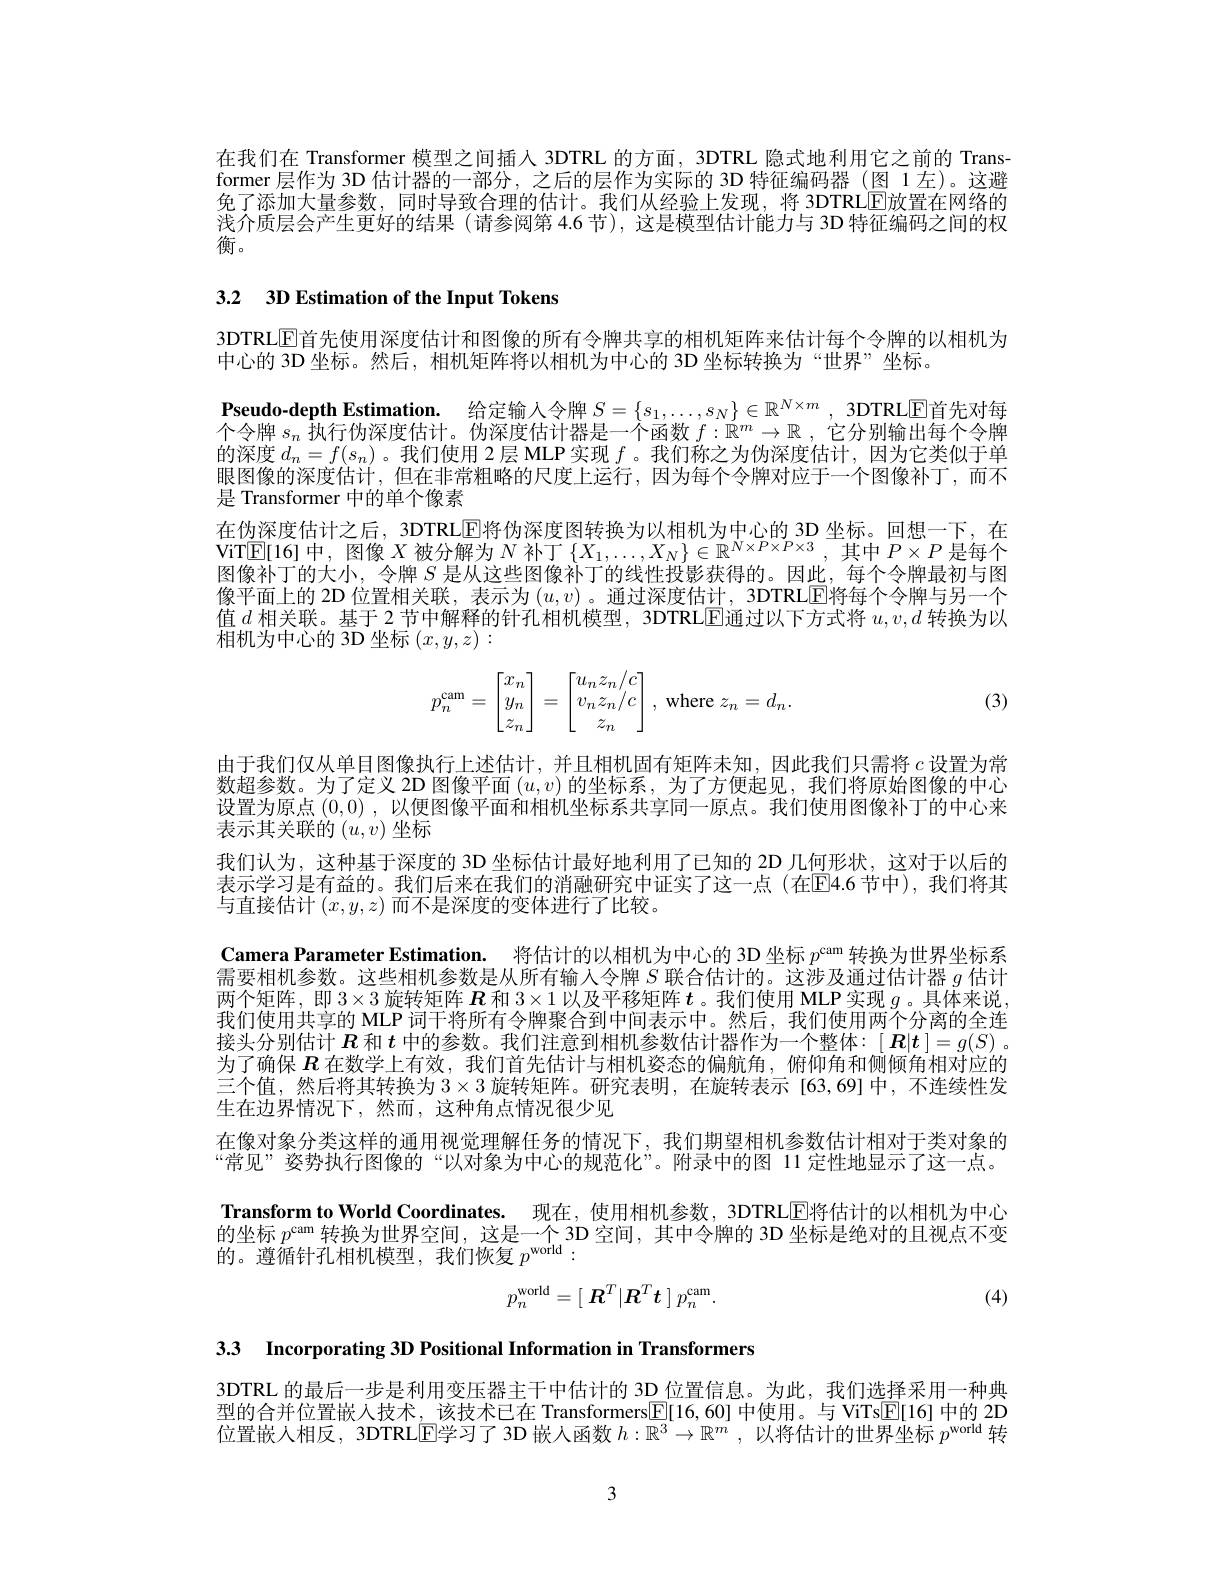
在我们在 Transformer 模型之间插人 3DTRL 的方面，3DTRL 隐式地利用它之前的 Transformer 层作为 3D 估计器的一部分，之后的层作为实际的 3D 特征编码器 (图 1 左)。这避免了添加大量参数，同时导致合理的估计。我们从经验上发现，将 3DTRL$\operatorname{E}$放置在网络的浅介质层会产生更好的结果 (请参阅第 4.6 节),这是模型估计能力与 3D 特征编码之间的权衡。

3.2 3D Estimation of the Input Tokens

3DTRLE首先使用深度估计和图像的所有令牌共享的相机矩阵来估计每个令牌的以相机为
中心的 3D 坐标。然后，相机矩阵将以相机为中心的 3D 坐标转换为“世界”坐标。
Pseudo-depth Estimation. 给定输人令牌$S=\{s_1,\ldots,s_N\}\in\mathbb{R}^{N\times m}$, 3DTRLE首先对每个令牌$s_n$执行伪深度估计。伪深度估计器是一个函数$f:\acute{\mathbb{R}}^m\to\mathbb{R}$ ,它分别输出每个令牌的深度$d_n=f(s_n)$ 。我们使用 2 层 MLP 实现$f$ 。我们称之为伪深度估计，因为它类似于单眼图像的深度估计，但在非常粗略的尺度上运行，因为每个令牌对应于一个图像补丁，而不是 Transformer 中的单个像素
在伪深度估计之后，3DTRLE将伪深度图转换为以相机为中心的 3D 坐标。回想一下，在ViTE[16]中，图像$X$被分解为$N$补丁$\{X_1,\ldots,X_N\}\in\mathbb{R}^{N\times P\times P\times3}$,其中$P\times P$是每个图像补丁的大小，令牌$S$是从这些图像补丁的线性投影获得的。因此，每个令牌最初与图像平面上的 2D 位置相关联，表示为$(u,v)$ 。通过深度估计，3DTRLE将每个令牌与另一个值$d$相关联。基于 2 节中解释的针孔相机模型，3DTRL$\operatorname{E}$通过以下方式将$u,v,d$转换为以相机为中心的 3D 坐标$(x,y,z):$
$$p_n^{\text{cam}}=\begin{bmatrix}x_n\\y_n\\z_n\end{bmatrix}=\begin{bmatrix}u_nz_n/c\\v_nz_n/c\\z_n\end{bmatrix},\text{where}z_n=d_n.$$
(3)

由于我们仅从单目图像执行上述估计，并且相机固有矩阵未知，因此我们只需将$c$设置为常数超参数。为了定义 2D 图像平面$(u,v)$的坐标系，为了方便起见，我们将原始图像的中心设置为原点(0,0) ,以便图像平面和相机坐标系共享同一原点。我们使用图像补丁的中心来表示其关联的$(u,v)$坐标
我们认为，这种基于深度的 3D 坐标估计最好地利用了已知的 2D 几何形状，这对于以后的表示学习是有益的。我们后来在我们的消融研究中证实了这一点(在E4.6节中),我们将其与直接估计$(x,y,z)$而不是深度的变体进行了比较。
Camera Parameter Estimation. 将估计的以相机为中心的 3D 坐标$p^\mathrm{cam}$转换为世界坐标系需要相机参数。这些相机参数是从所有输入令牌$S$联合估计的。这涉及通过估计器$g$估计两个矩阵，即$3\times 3\textit{旋 转 矩 阵 }\boldsymbol{R}$和 3$\times1$以及平移矩阵$t$ 。我们使用 MLP 实现$g$ 。具体来说， 我们使用共享的 MLP 词干将所有令牌聚合到中间表示中。然后，我们使用两个分离的全连接头分别估计$R$和$t$中的参数。我们注意到相机参数估计器作为一个整体：[ $\boldsymbol{R}|\boldsymbol{t}|=g(S)$ 。为了确保$R$在数学上有效，我们首先估计与相机姿态的偏航角，俯仰角和侧倾角相对应的三个值，然后将其转换为$3\times3$旋转矩阵。研究表明，在旋转表示 [63,69]中，不连续性发生在边界情况下，然而，这种角点情况很少见
在像对象分类这样的通用视觉理解任务的情况下，我们期望相机参数估计相对于类对象的“常见”姿势执行图像的“以对象为中心的规范化”。附录中的图 11 定性地显示了这一点。Transform to World Coordinates. 现在，使用相机参数，3DTRL$\boxed{\mathrm{E}}$将估计的以相机为中心的坐标$p^\mathrm{cam}$转换为世界空间，这是一个 3D 空间，其中令牌的 3D 坐标是绝对的且视点不变的。遵循针孔相机模型，我们恢复$p^\mathrm{world}:$
$$p_{n}^{\mathrm{world}}=[\:R^{T}|R^{T}t\:]\:p_{n}^{\mathrm{cam}}.$$
(4)

3.3 Incorporating 3D Positional Information in Transformers

3DTRL 的最后一步是利用变压器主干中估计的 3D 位置信息。为此，我们选择采用一种典型的合并位置嵌人技术，该技术已在 Transformers$\boxed{\mathrm{F}}[16,60]$中使用。与 ViTs$\boxed[16]$中的 2D 位置嵌人相反，3DTRLE学习了 3D 嵌人函数$h:\mathbb{R}^3\to\mathbb{R}^m$ ,以将估计的世界坐标$p^\mathrm{world}$转

3